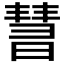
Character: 𣊄